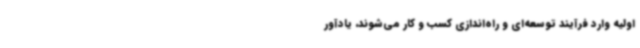
اولیه وارد فرآیند توسعه‌ای و راه‌اندازی کسب و کار می‌شوند، یادآور